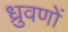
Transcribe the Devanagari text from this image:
ध्रुवणों